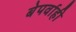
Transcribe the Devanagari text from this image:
बेपर्वाही